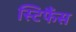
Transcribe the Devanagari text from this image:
स्टिफैंस